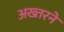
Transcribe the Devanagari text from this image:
अख्तरने